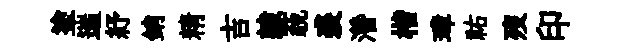
塗遄紓銷精吉隷藐裘濳楷璋祐歿印